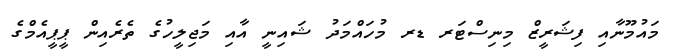
މައުމޫނާއި ފިޝަރީޒް މިނިސްޓަރ ޑރ މުހައްމަދު ޝައިނީ އާއި މަޖިލީހުގެ ތެރެއިން ޕީޕީއެމްގެ